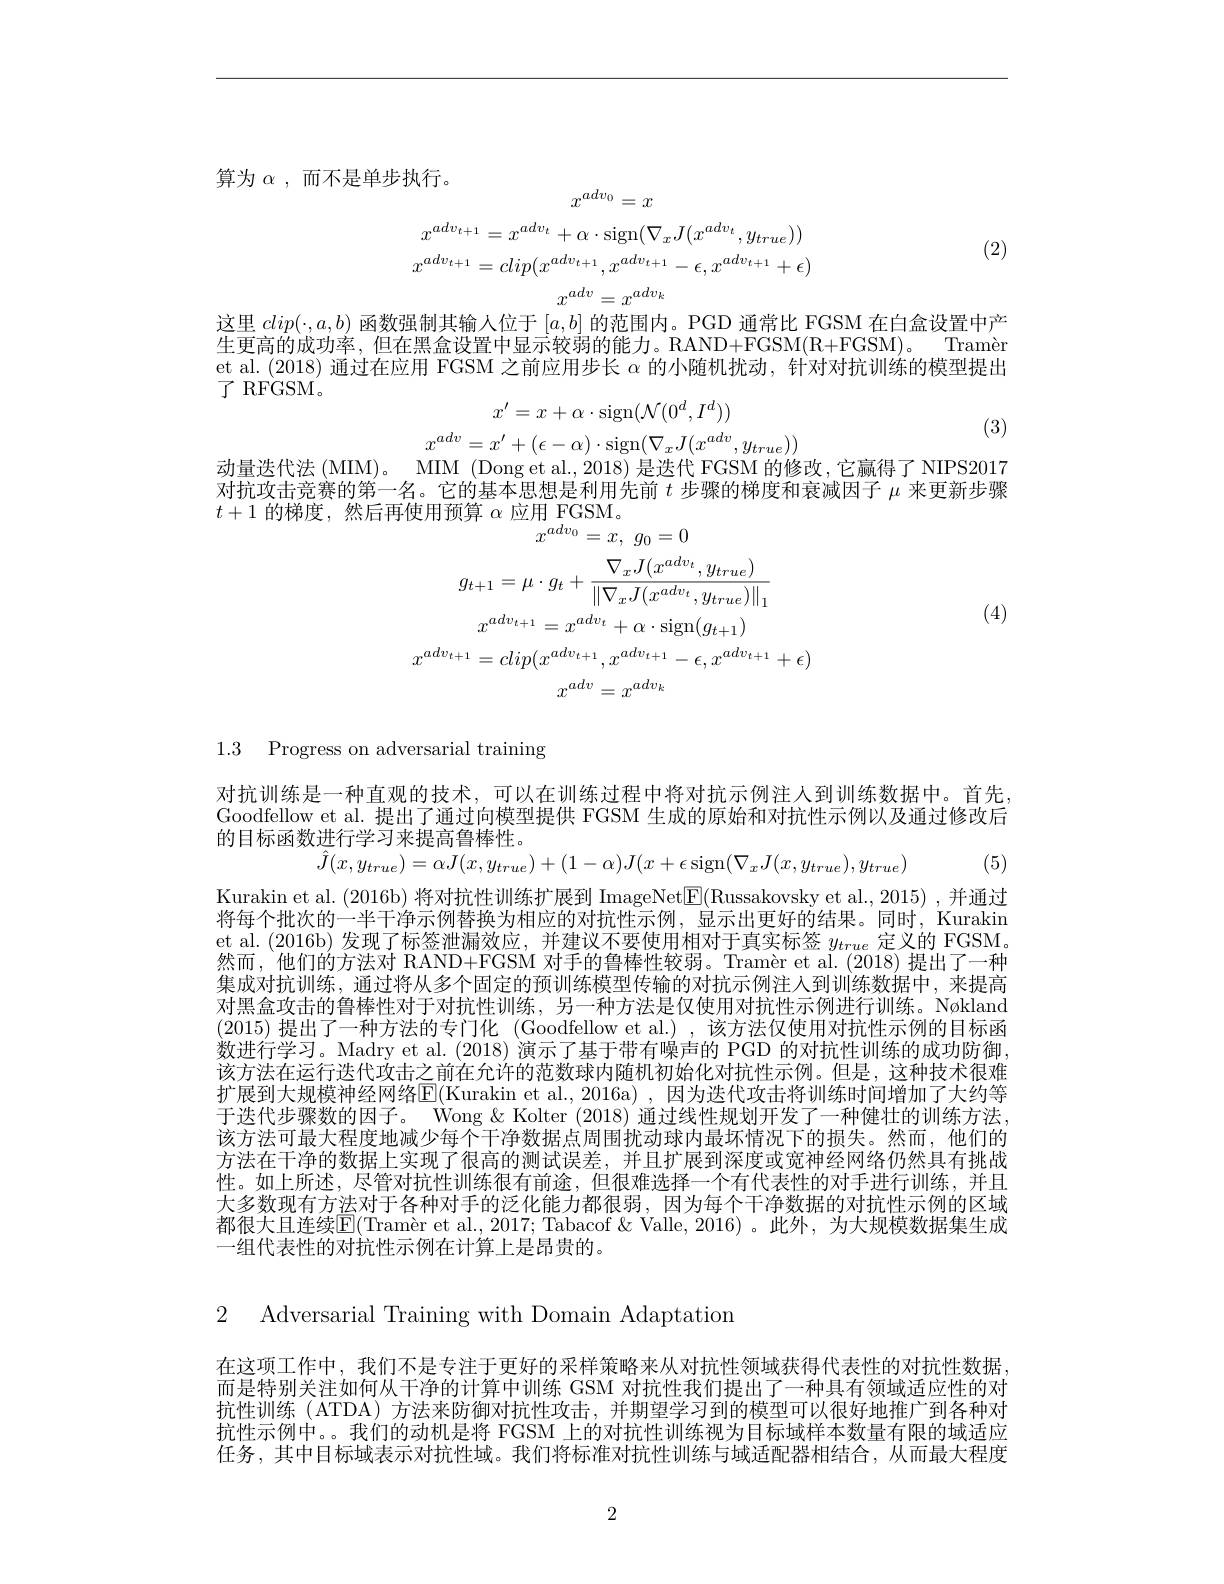
算为$\alpha$,而不是单步执行。
$$x^{adv_0}=x$$
$$x^{adv_{t+1}}=x^{adv_t}+\alpha\cdot\mathrm{sign}(\nabla_xJ(x^{adv_t},y_{true}))$$
$$x^{adv_{t+1}}=clip(x^{adv_{t+1}},x^{adv_{t+1}}-\epsilon,x^{adv_{t+1}}+\epsilon)$$
$x^{adv}=x^{adv_k}$

(2)

这里$clip(\cdot,a,b)$函数强制其输人位于$[a,b]$的范围内。PGD 通常比 FGSM 在白盒设置中产生更高的成功率，但在黑盒设置中显示较弱的能力。RAND+FGSM(R+FGSM)。$Tram\grave{e} n$ et al. (2018) 通过在应用 FGSM 之前应用步长$\alpha$的小随机扰动，针对对抗训练的模型提出了 RFGSM。
$$x'=x+\alpha\cdot\mathrm{sign}(\mathcal{N}(0^d,I^d))$$
$$x^{adv}=x^{\prime}+(\epsilon-\alpha)\cdot\mathrm{sign}(\nabla_{x}J(x^{adv},y_{true}))$$
(3)

动量迭代法 (MIM)。MIM (Dong et al., 2018) 是迭代 FGSM 的修改，它赢得了 NIPS2017对抗攻击竞赛的第一名。它的基本思想是利用先前$t$步骤的梯度和衰减因子$\mu$来更新步骤$t+1$的梯度，然后再使用预算$\alpha$应用 FGSM。
$$g_{t+1}=\mu\cdot g_{t}+\frac{\nabla_{x}J(x^{adv_{t}},y_{true})}{\left\|\nabla_{x}J(x^{adv_{t}},y_{true})\right\|_{1}}\\x^{adv_{t+1}}=x^{adv_{t}}+\alpha\cdot\mathrm{sign}(g_{t+1})\\x^{adv_{t+1}}=clip(x^{adv_{t+1}},x^{adv_{t+1}}-\epsilon,x^{adv_{t+1}}+\epsilon)\\x^{adv}=x^{adv_{k}}$$
(4)

1.3 Progress on adversarial training

对抗训练是一种直观的技术，可以在训练过程中将对抗示例注人到训练数据中。首先， Goodfellow et al. 提出了通过向模型提供 FGSM 生成的原始和对抗性示例以及通过修改后的目标函数进行学习来提高鲁棒性。
$$\hat{J}(x,y_{true})=\alpha J(x,y_{true})+(1-\alpha)J(x+\epsilon\operatorname{sign}(\nabla_{x}J(x,y_{true}),y_{true})$$
(5)

Kurakin et al. (2016b) 将对抗性训练扩展到 ImageNet$\boxed{\mathrm{F}}($Russakovsky et al., 2015) , 并通过将每个批次的一半干净示例替换为相应的对抗性示例，显示出更好的结果。同时，Kurakin et al. (2016b) 发现了标签泄漏效应，并建议不要使用相对于真实标签$y_{true}$定义的 FGSM。然而，他们的方法对 RAND+FGSM 对手的鲁棒性较弱。Tramèr et al.(2018)提出了一种集成对抗训练，通过将从多个固定的预训练模型传输的对抗示例注人到训练数据中，来提高对黑盒攻击的鲁棒性对于对抗性训练，另一种方法是仅使用对抗性示例进行训练。Nøkland (2015)提出了一种方法的专门化 (Goodfellow et al.),该方法仅使用对抗性示例的目标函数进行学习。Madry et al. (2018) 演示了基于带有噪声的 PGD 的对抗性训练的成功防御， 该方法在运行迭代攻击之前在允许的范数球内随机初始化对抗性示例。但是，这种技术很难扩展到大规模神经网络E(Kurakin et al., 2016a) , 因为迭代攻击将训练时间增加了大约等于迭代步骤数的因子。Wong & Kolter (2018) 通过线性规划开发了一种健壮的训练方法， 该方法可最大程度地减少每个干净数据点周围扰动球内最坏情况下的损失。然而，他们的方法在干净的数据上实现了很高的测试误差，并且扩展到深度或宽神经网络仍然具有挑战性。如上所述，尽管对抗性训练很有前途，但很难选择一个有代表性的对手进行训练，并且大多数现有方法对于各种对手的泛化能力都很弱，因为每个干净数据的对抗性示例的区域都很大且连续E$( \text{Tram\` eretal. , 2017; Tabacof\& Valle, 2016) }$。此外，为大规模数据集生成一组代表性的对抗性示例在计算上是昂贵的。

2 Adversarial Training with Domain Adaptation

在这项工作中，我们不是专注于更好的采样策略来从对抗性领域获得代表性的对抗性数据， 而是特别关注如何从干净的计算中训练 GSM 对抗性我们提出了一种具有领域适应性的对抗性训练 ( ATDA) 方法来防御对抗性攻击，并期望学习到的模型可以很好地推广到各种对抗性示例中。。我们的动机是将 FGSM 上的对抗性训练视为目标域样本数量有限的域适应任务，其中目标域表示对抗性域。我们将标准对抗性训练与域适配器相结合，从而最大程度

2